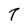
Character: T